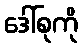
ဒေါ်စုကို